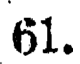
61.